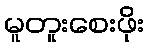
မူတူးစေးဖိုး